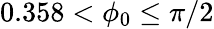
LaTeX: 0.358<\phi_{0}\leq\pi/2